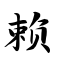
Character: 赖